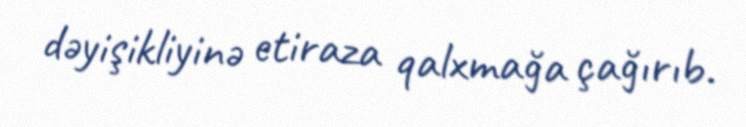
dəyişikliyinə etiraza qalxmağa çağırıb.